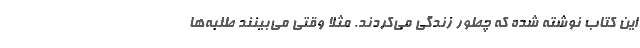
این کتاب نوشته شده که چطور زندگی می‌کردند. مثلا وقتی می‌بینند طلبه‌ها